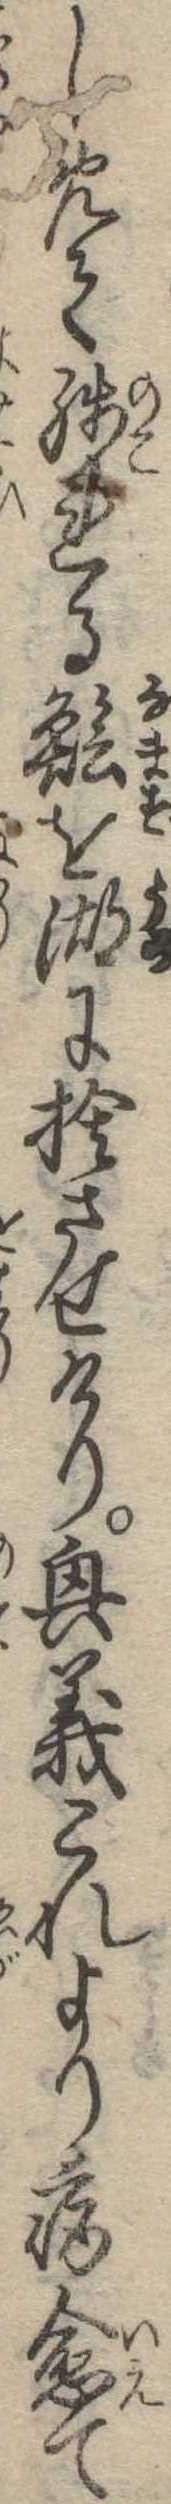
しめて残れる鱠を湖に捨させけり興義これより病愈て